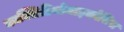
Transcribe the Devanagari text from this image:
काक्सिडियोमाइकोसिस